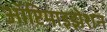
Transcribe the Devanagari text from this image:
ऑप्टिमाइझेशन